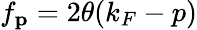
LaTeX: f_{\mathbf{p}}=2\theta(k_{F}-p)